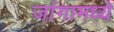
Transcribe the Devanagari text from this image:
जांगामध्ये